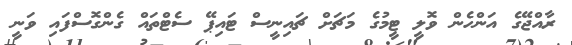
ރާއްޖޭގެ އަންހެން ވޮލީ ޓީމުގެ މަޗަށް ޗައިނީސް ޓައިޕޭ ސެޓްތައް ގެންގޮސްފައި ވަނީ